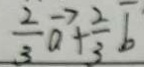
\frac { 2 } { 3 } \overrightarrow { a } + \frac { 2 } { 3 } \overline { b }